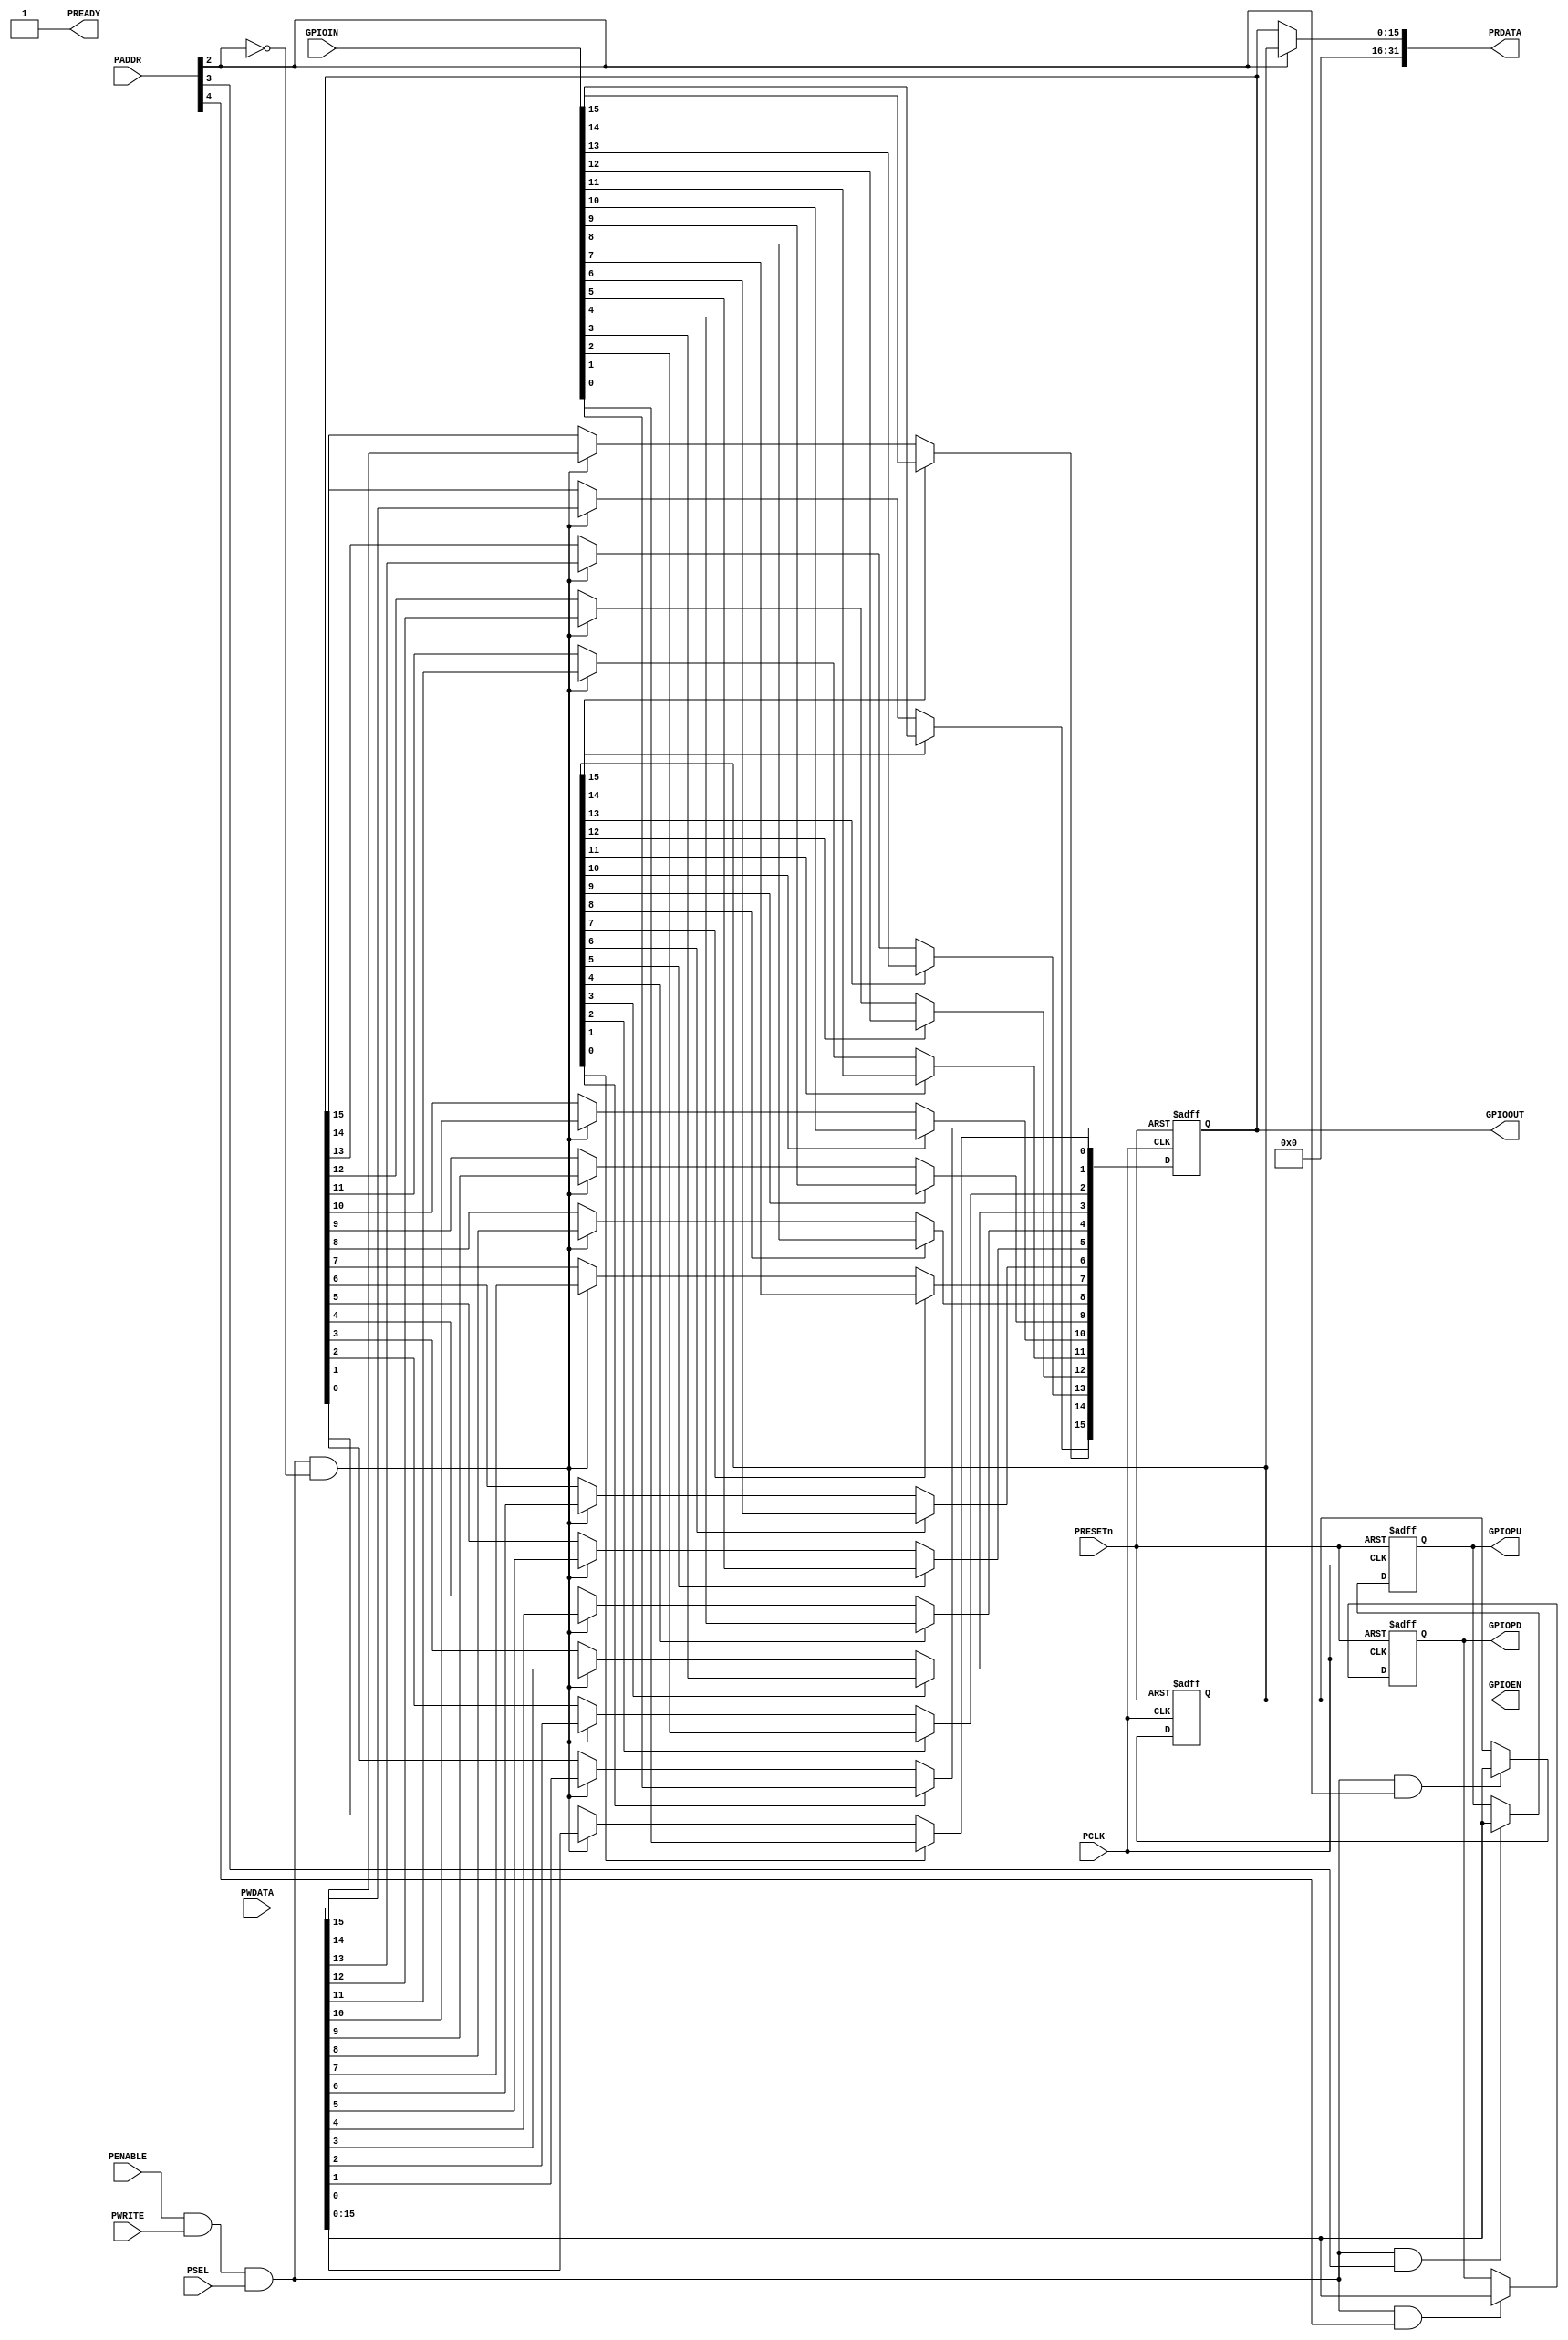

/*******************************************************************
 *
 * Module: APBGPIO.v
 * Project: Raptor
 * Description: APB 16-bit bi-directional GPIO with EN, PU and PD support
 *
 **********************************************************************/

module APBGPIO (
    //APB Inputs
    input wire PCLK,
    input wire PRESETn,
    input wire PWRITE,
    input wire [31:0] PWDATA,
    input wire [31:0] PADDR,
    input wire PENABLE,

    input PSEL,

    //APB Outputs
    output wire PREADY,
    output wire [31:0] PRDATA,

    // GPIO Ports
    input wire [15:0] GPIOIN,
    output wire [15:0] GPIOOUT,
    output wire [15:0] GPIOPU,
    output wire [15:0] GPIOPD,
    output wire [15:0] GPIOEN
);


  reg [15:0] gpio_data, gpio_data_next;   // Address 0: Port Data
  reg [15:0] gpio_dir;                    // Address 4: Port direction; 1:i/p, 0:o/p
  reg [15:0] gpio_pu, gpio_pd;			      // PU (Address: 8) & PD (Address: 16) enable registers @ 8 and 16 respectively


  assign GPIOEN = gpio_dir;
  assign GPIOPU = gpio_pu;
  assign GPIOPD = gpio_pd;
  assign GPIOOUT = gpio_data;
  
  assign PREADY = 1'b1; //always ready

  // The GPIO Direction Register (0: o/p, 1: i/p)
  always @(posedge PCLK, negedge PRESETn)
  begin
    if(!PRESETn)
    begin
      gpio_dir <= 16'b0;
    end
    else if(PENABLE & PWRITE & PREADY & PSEL & PADDR[2]) //
      gpio_dir <= PWDATA[15:0];
  end


  // The GPIO PU Register
  always @(posedge PCLK, negedge PRESETn)
  begin
    if(!PRESETn)
    begin
      gpio_pu <= 16'b0;
    end
    else if(PENABLE & PWRITE & PREADY & PSEL & PADDR[3]) //
      gpio_pu <= PWDATA[15:0];
  end

  // The GPIO PD Register
  always @(posedge PCLK, negedge PRESETn)
  begin
    if(!PRESETn)
    begin
      gpio_pd <= 16'b0;
    end
    else if(PENABLE & PWRITE & PREADY & PSEL & PADDR[4]) //
      gpio_pd <= PWDATA[15:0];
  end

  // The GPIO Data
  always @(posedge PCLK, negedge PRESETn)
  begin
      if(!PRESETn)
      begin
        gpio_data <= 16'b0;
      end
      else
        gpio_data <= gpio_data_next;
  end

    integer i;
    always @*
    begin
        for(i=0;i<16;i=i+1)
        begin
          if(gpio_dir[i] == 1'b1)
            gpio_data_next[i] = GPIOIN[i];
          else if(PENABLE & PWRITE & PREADY & PSEL & ~PADDR[2])
            gpio_data_next[i] = PWDATA[i];
          else
            gpio_data_next[i] = gpio_data[i];
        end
    end


    assign PRDATA[31:0] = (~PADDR[2]) ? {16'h0, gpio_data} : {16'h0, gpio_dir};

endmodule